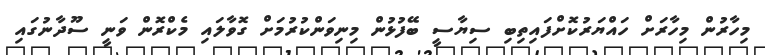
މިހާރުން މިހާރަށް ހައްޔަރުކޮށްފައިތިބި ސިޔާސީ ބޭފުޅުން މިނިވަންކުރުމަށް ގޮވާލައި މެކްރޮން ވަނީ ސޫދާނުގައި